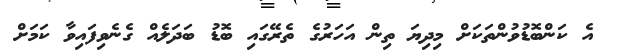
އެ ކަންބޮޑުވުންތަކަށް މިދިޔަ ތިން އަހަރުގެ ތެރޭގައި ބޮޑު ބަދަލެއް ގެނެވިފައިވާ ކަމަށް